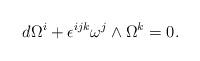
LaTeX: \begin{align*}d \Omega^i + \epsilon^{ijk} \omega^j\wedge \Omega^k=0.\end{align*}